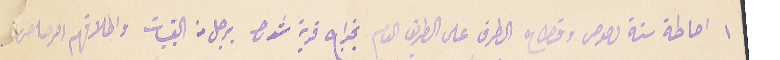
١ احاطة ستة لصوص وقطاع الطرق على الطريق العام بخراج قرية شدرا برجل من القبيات واطلاقهم الرصاص.